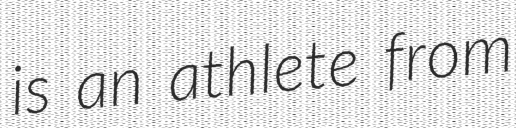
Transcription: is an athlete from